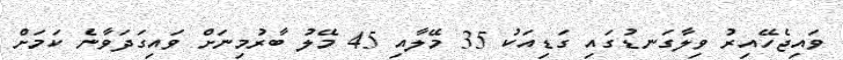
ވައިޖެހޭއިރު ވިލާގަނޑުގައި ގަޑިއަކު 35 މޭލާއި 45 މޭލު ބާރުމިނަށް ވައިގަދަވާނެ ކަމަށް